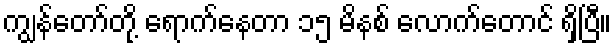
ကျွန်တော်တို့ ရောက်နေတာ ၁၅ မိနစ် လောက်တောင် ရှိပြီ။